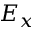
E _ { x }